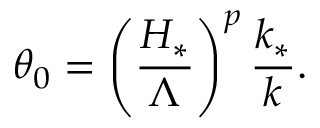
\theta _ { 0 } = \left( \frac { H _ { * } } { \Lambda } \right) ^ { p } \frac { k _ { * } } { k } .